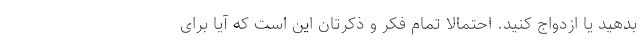
بدهید یا ازدواج کنید. احتمالاً تمام فکر و ذکرتان این است که آیا برای